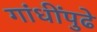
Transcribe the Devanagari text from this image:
गांधींपुढे